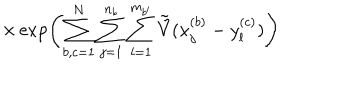
LaTeX: \times \exp \left( \sum _ { b , c = 1 } ^ { N } \sum _ { j = 1 } ^ { n _ { b } } \sum _ { l = 1 } ^ { m _ { b ^ { \prime } } } \tilde { \tilde { V } } ( x _ { j } ^ { ( b ) } - y _ { l } ^ { ( c ) } ) \right)